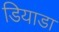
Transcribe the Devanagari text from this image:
डियाडा